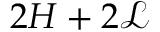
2 H + 2 \mathcal { L }